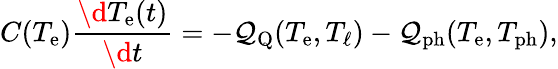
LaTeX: C(T_{\mathrm{e}})\frac{\d T_{\mathrm{e}}(t)}{\d t}=-\mathcal{Q}_{\mathrm{Q}}(T_{\mathrm{e}},T_{\ell})-\mathcal{Q}_{\mathrm{ph}}(T_{\mathrm{e}},T_{\mathrm{ph}}),